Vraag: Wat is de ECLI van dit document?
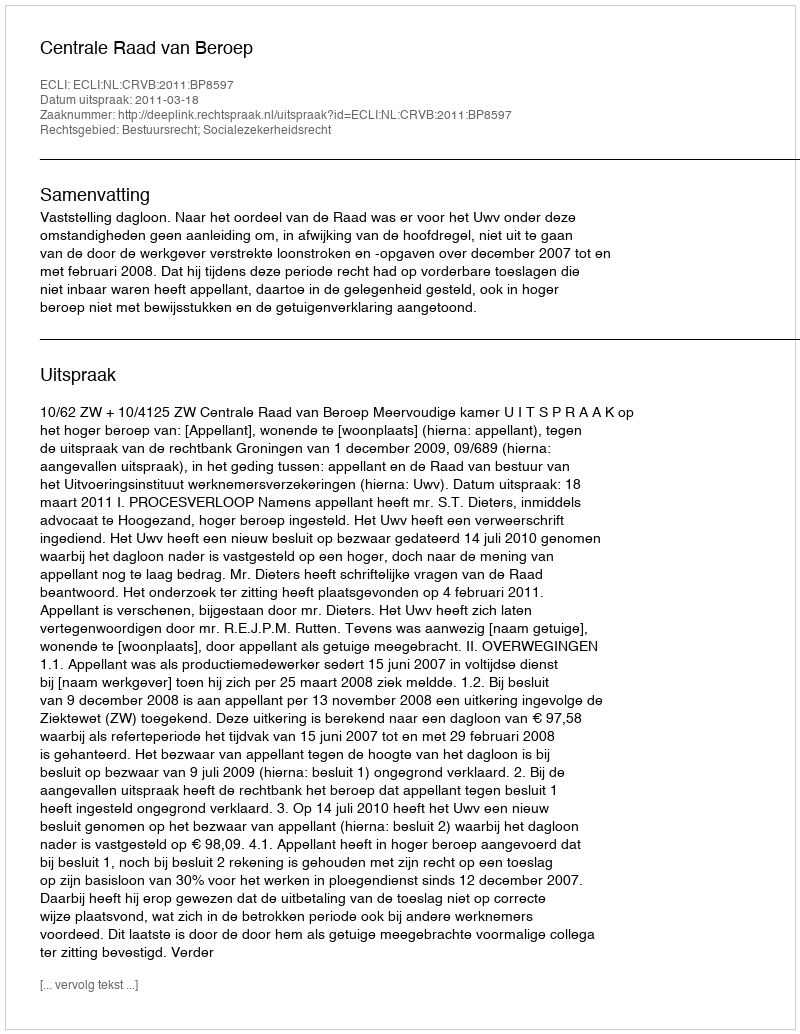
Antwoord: ECLI:NL:CRVB:2011:BP8597